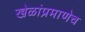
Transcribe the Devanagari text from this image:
खेळांप्रमाणेच